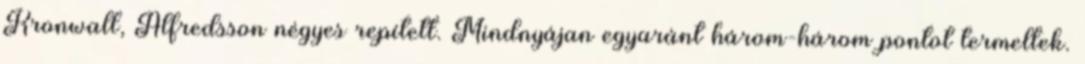
Kronwall, Alfredsson négyes repített. Mindnyájan egyaránt három-három pontot termeltek.